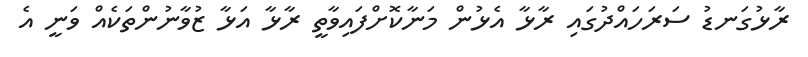
ރާޅުގަނޑު ސަރަހައްދުގައި ރާޅާ އެޅުން މަނާކޮށްފައިވާތީ ރާޅާ އަޅާ ޒުވާނުންތަކެއް ވަނީ އެ